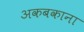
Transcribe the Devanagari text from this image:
अकबकाना